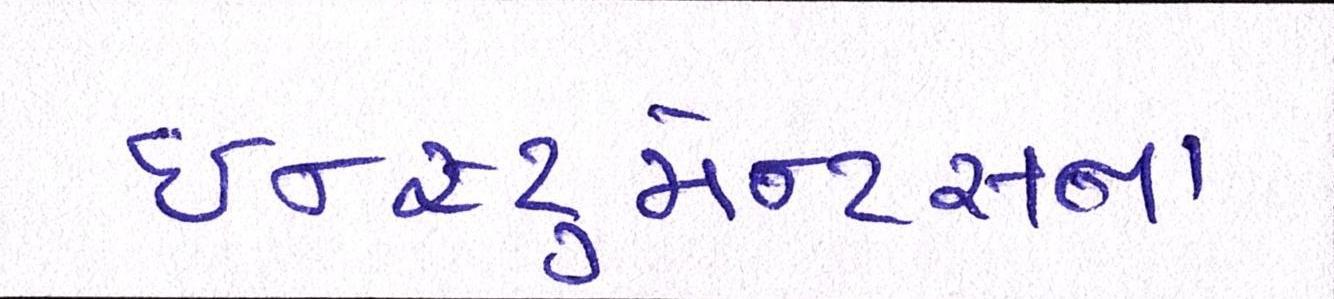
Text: ઇન્સ્ટ્રુમેન્ટસના